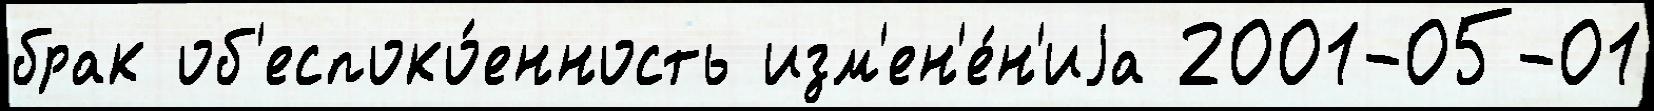
брак об'еспоко́енность изм'ен'е́н'иjа 2001-05-01